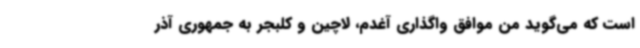
است که می‌گوید من موافق واگذاری آغدم، لاچین و کلبجر به جمهوری آذر